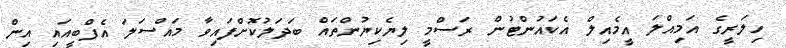
ހިލަރީގެ އަމިއްލަ އީމެއިލް އެކައުންޓުން ރަސްމީ ލިޔެކިޔުންތައް ބަދަލުކޮށްފައިވާ މައްސަލަ އެފްބީއައި އިން